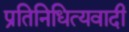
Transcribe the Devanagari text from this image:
प्रतिनिधित्यवादी